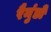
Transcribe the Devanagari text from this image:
रैमुंडो